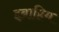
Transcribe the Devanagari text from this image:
इब्राहिम